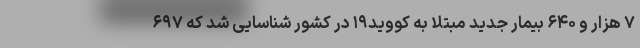
۷ هزار و ۶۴۰ بیمار جدید مبتلا به کووید۱۹ در کشور شناسایی شد که ۶۹۷